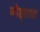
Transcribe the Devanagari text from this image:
जोड्तात